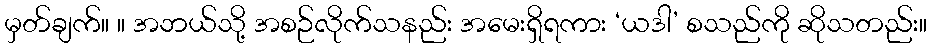
မှတ်ချက်။ ။ အဘယ်သို့ အစဉ်လိုက်သနည်း အမေးရှိရကား ‘ယဒါ’ စသည်ကို ဆိုသတည်း။